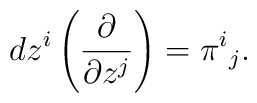
dz^i\left(\frac{\partial}{\partial z^j}\right) = \pi^i{}_j.